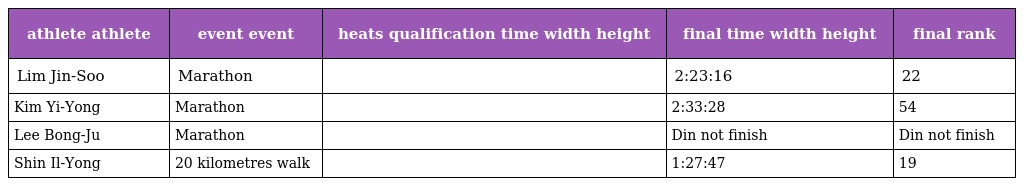
| athlete athlete | event event | heats qualification time width height | final time width height | final rank |
 | --- | --- | --- | --- | --- |
 | Lim Jin-Soo | Marathon |  | 2:23:16 | 22 |
 | Kim Yi-Yong | Marathon |  | 2:33:28 | 54 |
 | Lee Bong-Ju | Marathon |  | Din not finish | Din not finish |
 | Shin Il-Yong | 20 kilometres walk |  | 1:27:47 | 19 |